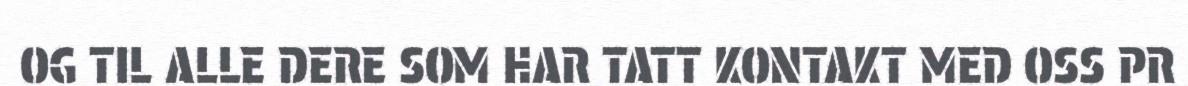
OG TIL ALLE DERE SOM HAR TATT KONTAKT MED OSS PR